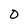
Character: 0